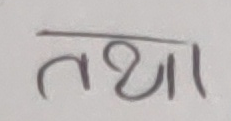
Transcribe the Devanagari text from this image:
तथा